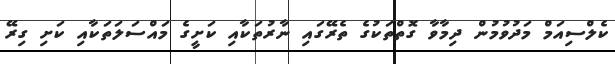
ކެލްސިއަމް މަދުވުމުން ދިމާވާ ގޮތްތަކުގެ ތެރޭގައި ނާރުތަކާއި ކަށީގެ މައްސަލަތަކާއި ކަށި ގިރޭ